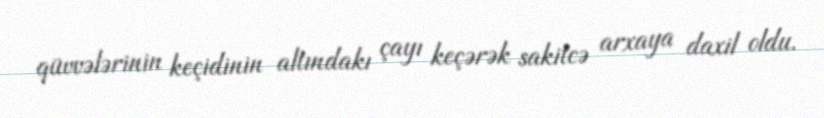
qüvvələrinin keçidinin altındakı çayı keçərək sakitcə arxaya daxil oldu.